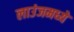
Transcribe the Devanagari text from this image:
लाउंजमध्ये